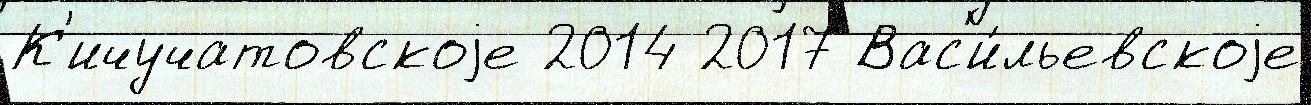
К'ичучатовскоjе 2014 2017 Вас'и́льевскоjе